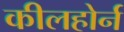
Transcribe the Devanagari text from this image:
कीलहोर्न